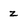
Character: z